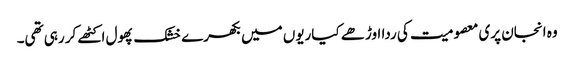
وہ انجان پری معصومیت کی ردا اوڑھے کیاریوں میں بکھرے خشک پھول اکٹھے کر رہی تھی۔